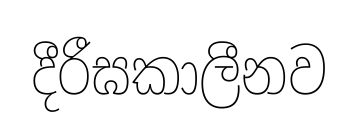
දීරීඝකාලීනව